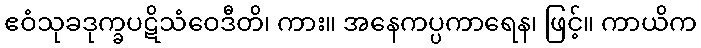
ဧဝံသုခဒုက္ခပဋိသံဝေဒီတိ၊ ကား။ အနေကပ္ပကာရေန၊ ဖြင့်။ ကာယိက